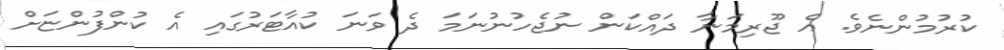
ކުރުމުންނެވެ. އެ ޖޫރިމަނާ ދައްކަން ނުޖެހުނުނަމަ ދެ ވަނަ ކުއާޓަރުގައި އެ ކުންފުންޏަށް